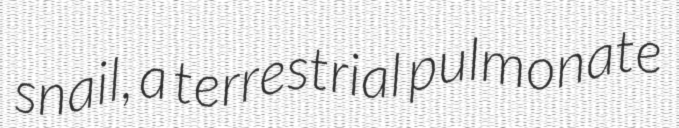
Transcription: snail, a terrestrial pulmonate